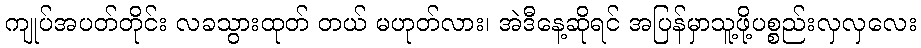
ကျုပ်အပတ်တိုင်း လခသွားထုတ် တယ် မဟုတ်လား၊ အဲဒီနေ့ဆိုရင် အပြန်မှာသူ့ဖို့ပစ္စည်းလှလှလေး